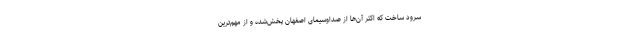
سرود ساخت که اکثر آن‌ها از صداوسیمای اصفهان پخش‌شده و از مهم‌ترین